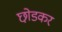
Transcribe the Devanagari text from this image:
छो़डकर